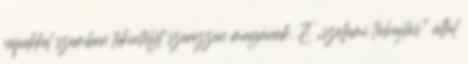
népekkel szemben tekintélyt szerezzen magának. E „szellemi tolvajlás" által